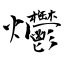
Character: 爩